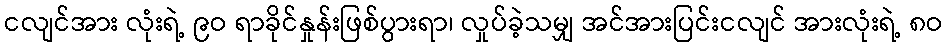
ငလျင်အား လုံးရဲ့ ၉ဝ ရာခိုင်နှုန်းဖြစ်ပွားရာ၊ လှုပ်ခဲ့သမျှ အင်အားပြင်းငလျင် အားလုံးရဲ့ ၈ဝ